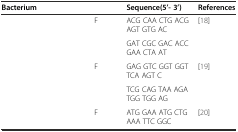
<table><thead><tr><td><b>Bacterium</b></td><td>[EMPTY_CELL]</td><td><b>Sequence(5’-3’)</b></td><td><b>References</b></td></tr></thead><tbody><tr><td rowspan="2">[EMPTY_CELL]</td><td>F</td><td>ACG CAA CTG ACG AGT GTG AC</td><td rowspan="2">[18]</td></tr><tr><td>[EMPTY_CELL]</td><td>GAT CGC GAC ACC GAA CTA AT</td></tr><tr><td rowspan="2">[EMPTY_CELL]</td><td>F</td><td>GAG GTC GGT GGT TCA AGT C</td><td rowspan="2">[19]</td></tr><tr><td>[EMPTY_CELL]</td><td>TCG CAG TAA AGA TGG TGG AG</td></tr><tr><td>[EMPTY_CELL]</td><td>F</td><td>ATG GAA ATG CTG AAA TTC GGC</td><td>[20]</td></tr></tbody></table>